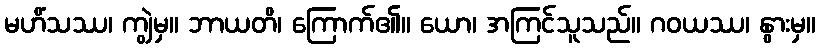
မဟိံသဿ၊ ကျွဲမှ။ ဘာယတိ၊ ကြောက်၏။ ယော၊ အကြင်သူသည်။ ဂဝယဿ၊ နွားမှ။